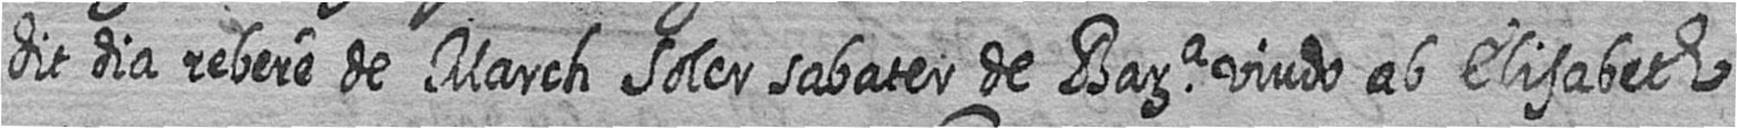
dit dia rebere de March Soler sabater de Bara viudo ab Elisabeth